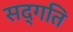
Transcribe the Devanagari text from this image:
सद्‍गति